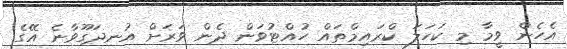
އެހެން ވީމާ މި ކަހަލަ ކްރައިމްތައް ހުއްޓުވަން ދެން ވަރަށް އުނދަގޫވާނެ އޭގެ